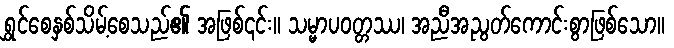
ရွှင်စေနှစ်သိမ့်စေသည်၏ အဖြစ်၎င်း။ သမ္မာပဝတ္တဿ၊ အညီအညွတ်ကောင်းစွာဖြစ်သော။